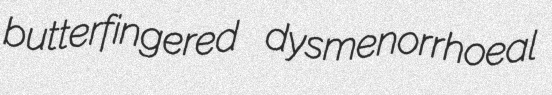
butterfingered dysmenorrhoeal